Vaimela_(Pragi)_vallavalitsus, lk 4
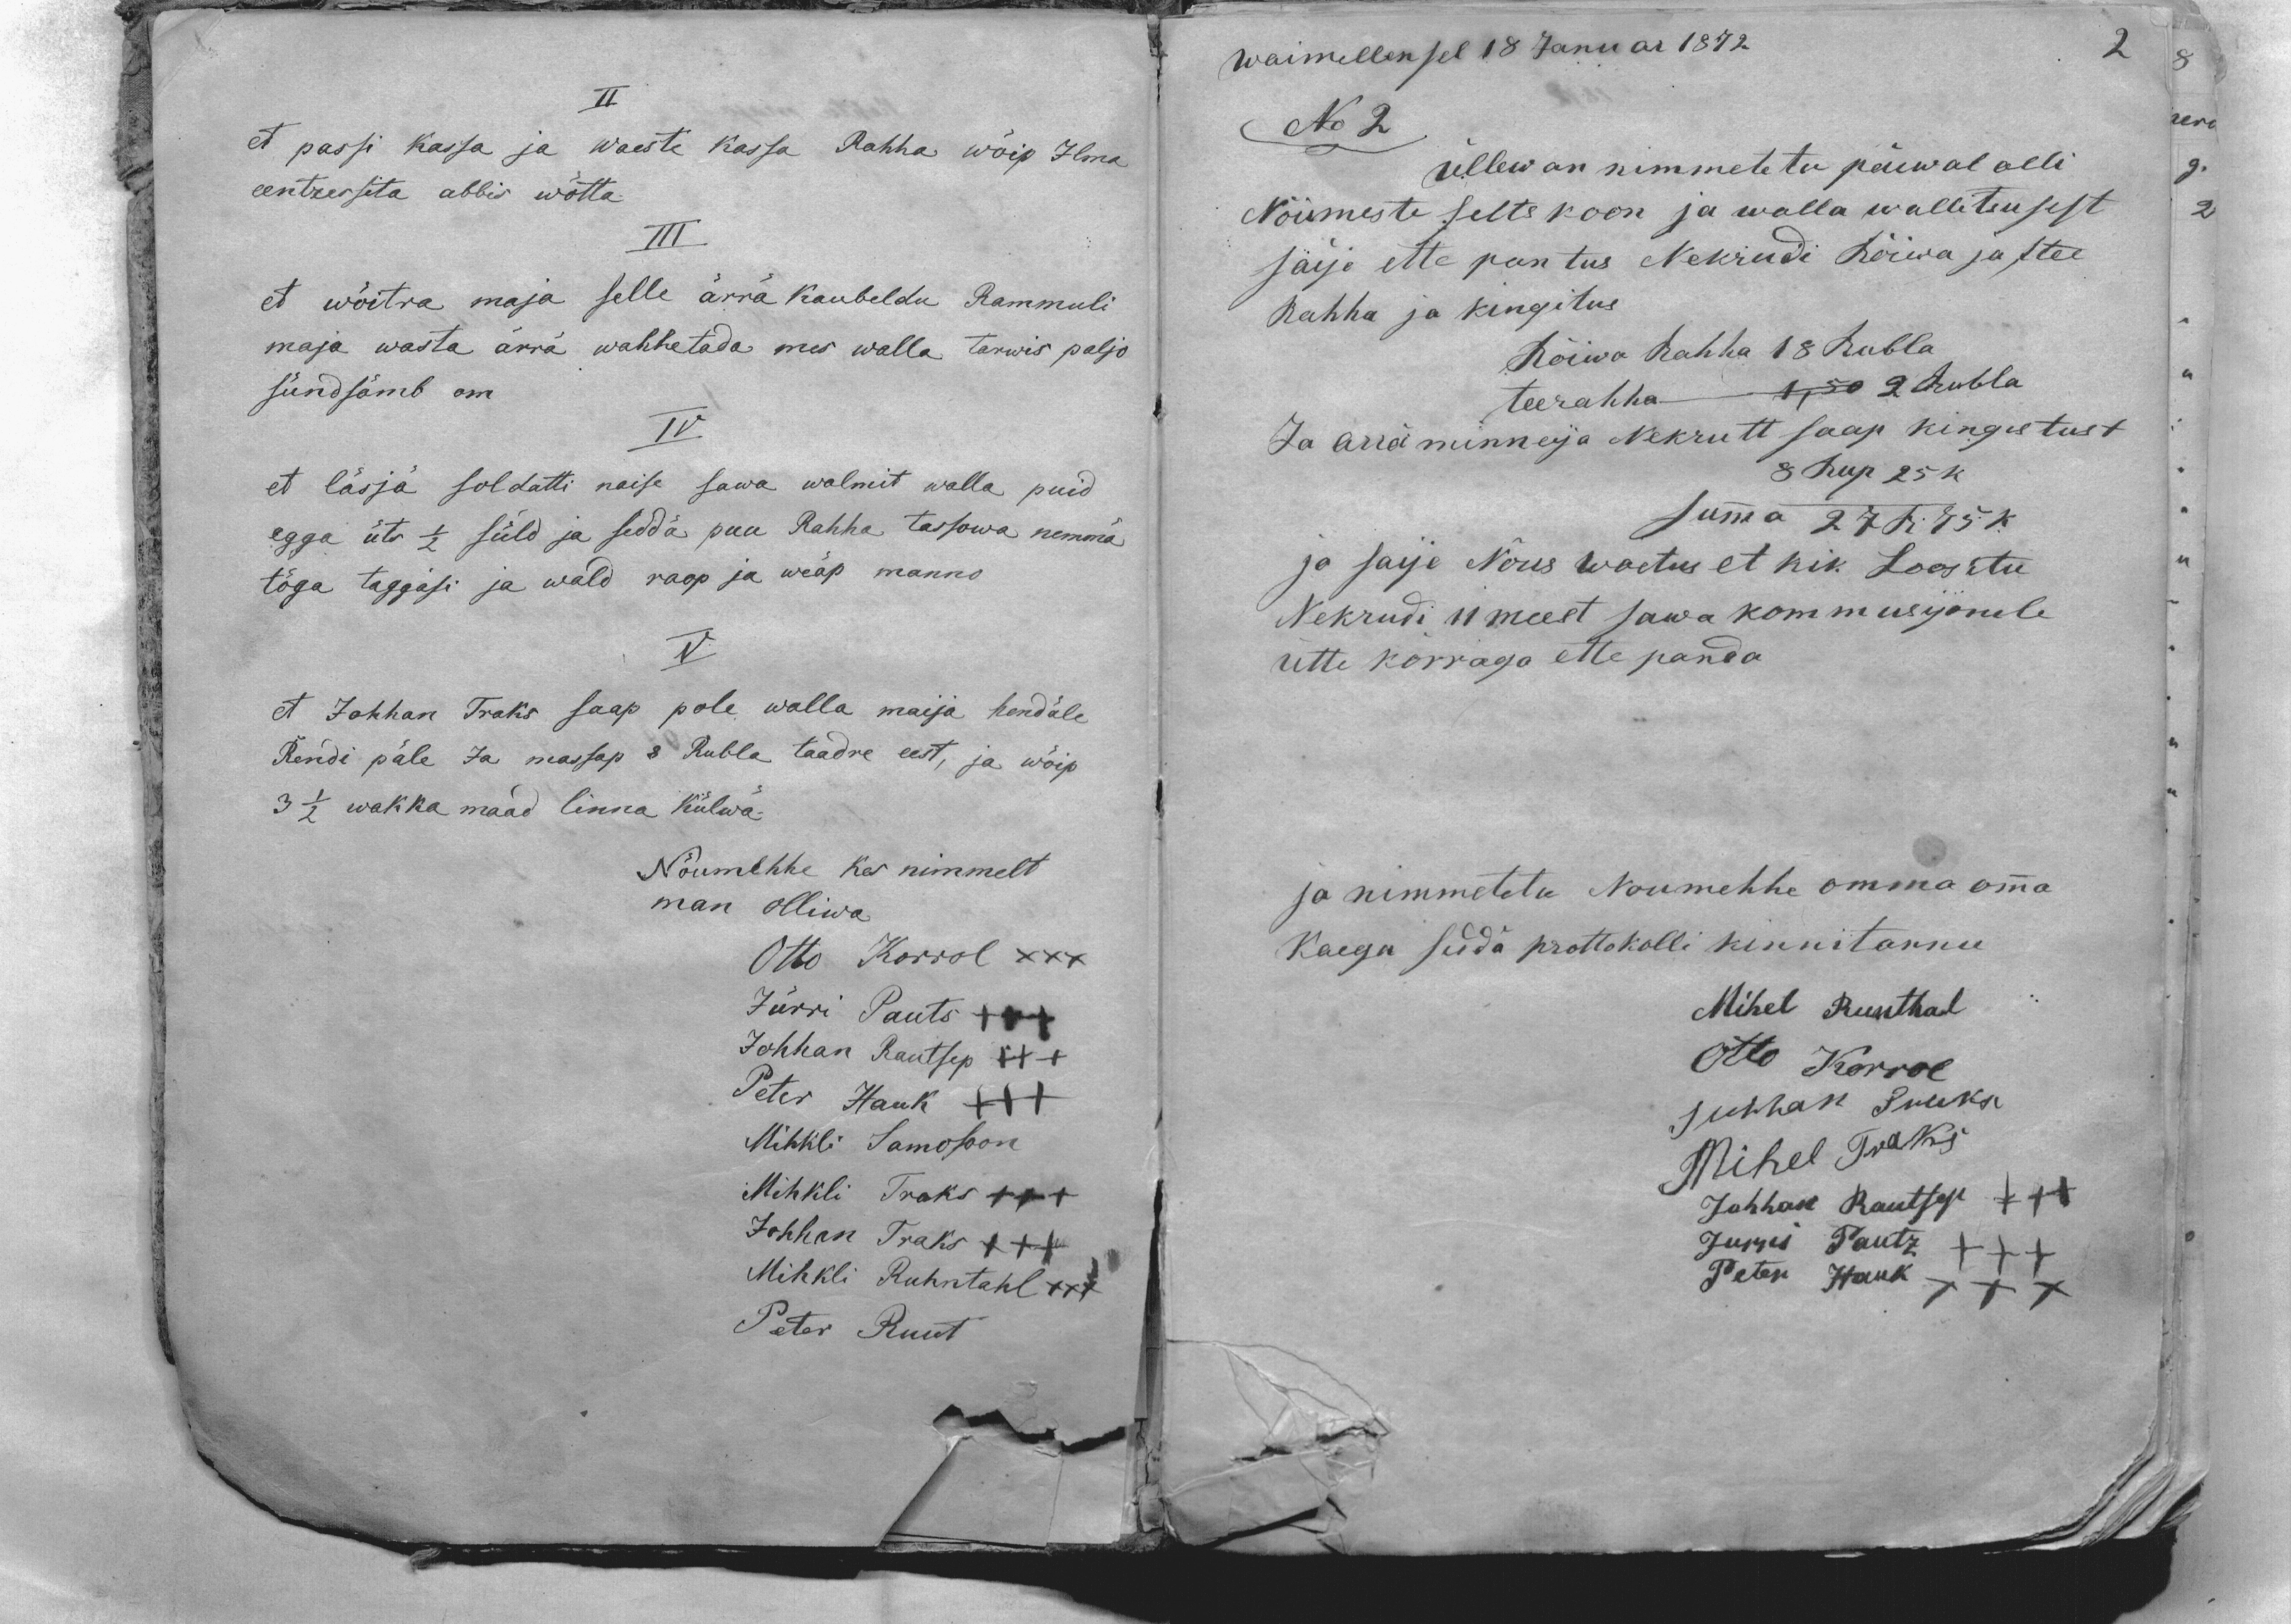
II
et passi Kassa ja waeste Kassa Rahha wõip Ilma
eentressita abbis wõtta
III
et wõitra maja selle ärra kaubeldu Rammuli
maja wasta ärrä wahhetada mes walla tarwis paljo
sündsämb om.
IV
et läsjä soldati naise sawa walmit walla puid
egga üts 1/2 süld ja sedda puu Rahha tassowa nemmä
töga taggasi ja wald raop ja weäp manno
V.
et Johhan Traks saap pole walla maija hendale
Rendi päle Ja massap 8 Rubla taadre eest, ja wõip
3 1/2 wakka maad linna külwä.
Nõumehhe kes nimmelt
man olliwa
Otto Korrol XXX
Jürri Pauts XXX
Johhan Rautsep XXX
Peter Hauk XXX
Mihkli Samosoon
Mihkli Traks XXX
Johhan Traks XXX
Mihkli Ruhntahl XXX
Peter Ruut

Waimellen sel 18 Januar 1872
No 2
Üllewan nimmetetu päewal olli
Nõumeste selts koon ja walla wallitsusest
säije ette pantus Nekrudi Rõiwa ja ttee
Rahha ja kingitus
Rõiwa Rahha 18 Rubla
teerahha 1,50 2 rubla
Ja ärra minneija Nekrutt saap kingistust
8 Rup 25 k
Summa 27 R. 75 k.
ja saije Nõus woetus et nik Loositu
Nekrudi 11 meest sawa kommusijonile
ütte korraga ette panda
ja nimmetetu Noumehhe omma omma
Kaega sedda protokolli kinnitannu
Mihel Runthal
Otto Korrol
Juhhan Puuks
Mihel Traks
Johhan Rautsep XXX
Jurri Pautz XXX
Peter Наuk XXX